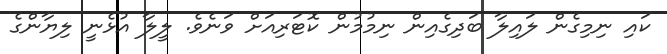
ކައި ނިމިގެން ލައިލާ ބަދިގެއިން ނިމުމުން ކޮޓަރިއަށް ވަނެވެ. ލީލާ އުޅެނީ ލިޔާންގެ